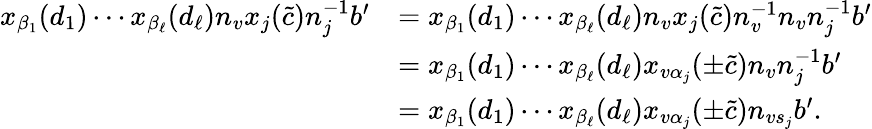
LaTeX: \begin{array}{rl}{x_{\beta_{1}}(d_{1})\cdots x_{\beta_{\ell}}(d_{\ell})n_{v}x_{j}(\tilde{c})n_{j}^{-1}b^{\prime}}&{=x_{\beta_{1}}(d_{1})\cdots x_{\beta_{\ell}}(d_{\ell})n_{v}x_{j}(\tilde{c})n_{v}^{-1}n_{v}n_{j}^{-1}b^{\prime}}\\ &{=x_{\beta_{1}}(d_{1})\cdots x_{\beta_{\ell}}(d_{\ell})x_{v\alpha_{j}}(\pm\tilde{c})n_{v}n_{j}^{-1}b^{\prime}}\\ &{=x_{\beta_{1}}(d_{1})\cdots x_{\beta_{\ell}}(d_{\ell})x_{v\alpha_{j}}(\pm\tilde{c})n_{vs_{j}}b^{\prime}.}\end{array}